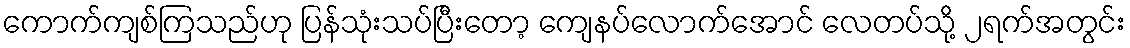
ကောက်ကျစ်ကြသည်ဟု ပြန်သုံးသပ်ပြီးတော့ ကျေနပ်လောက်အောင် လေတပ်သို့ ၂ရက်အတွင်း